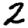
Digit: 2